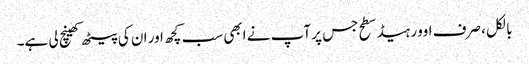
بالکل ، صرف اوور ہیڈ سطح جس پر آپ نے ابھی سب کچھ اور ان کی پیٹھ کھینچ لی ہے۔